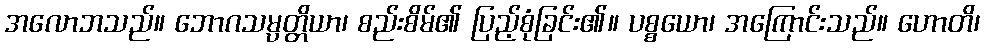
အလောဘသည်။ ဘောဂသမ္ပတ္တိယာ၊ စည်းစိမ်၏ ပြည့်စုံခြင်း၏။ ပစ္စယော၊ အကြောင်းသည်။ ဟောတိ၊